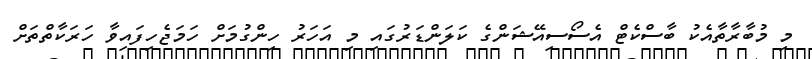
މި މުބާރާތާއެކު ބާސްކެޓް އެސޯސިއޭޝަންގެ ކަލަންޑަރުގައި މި އަހަރު ހިންގުމަށް ހަމަޖެހިފައިވާ ހަރަކާތްތަށް